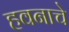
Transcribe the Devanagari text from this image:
हवनाचे